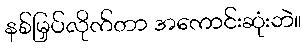
နစ်မြှပ်လိုက်တာ အကောင်းဆုံးဘဲ။